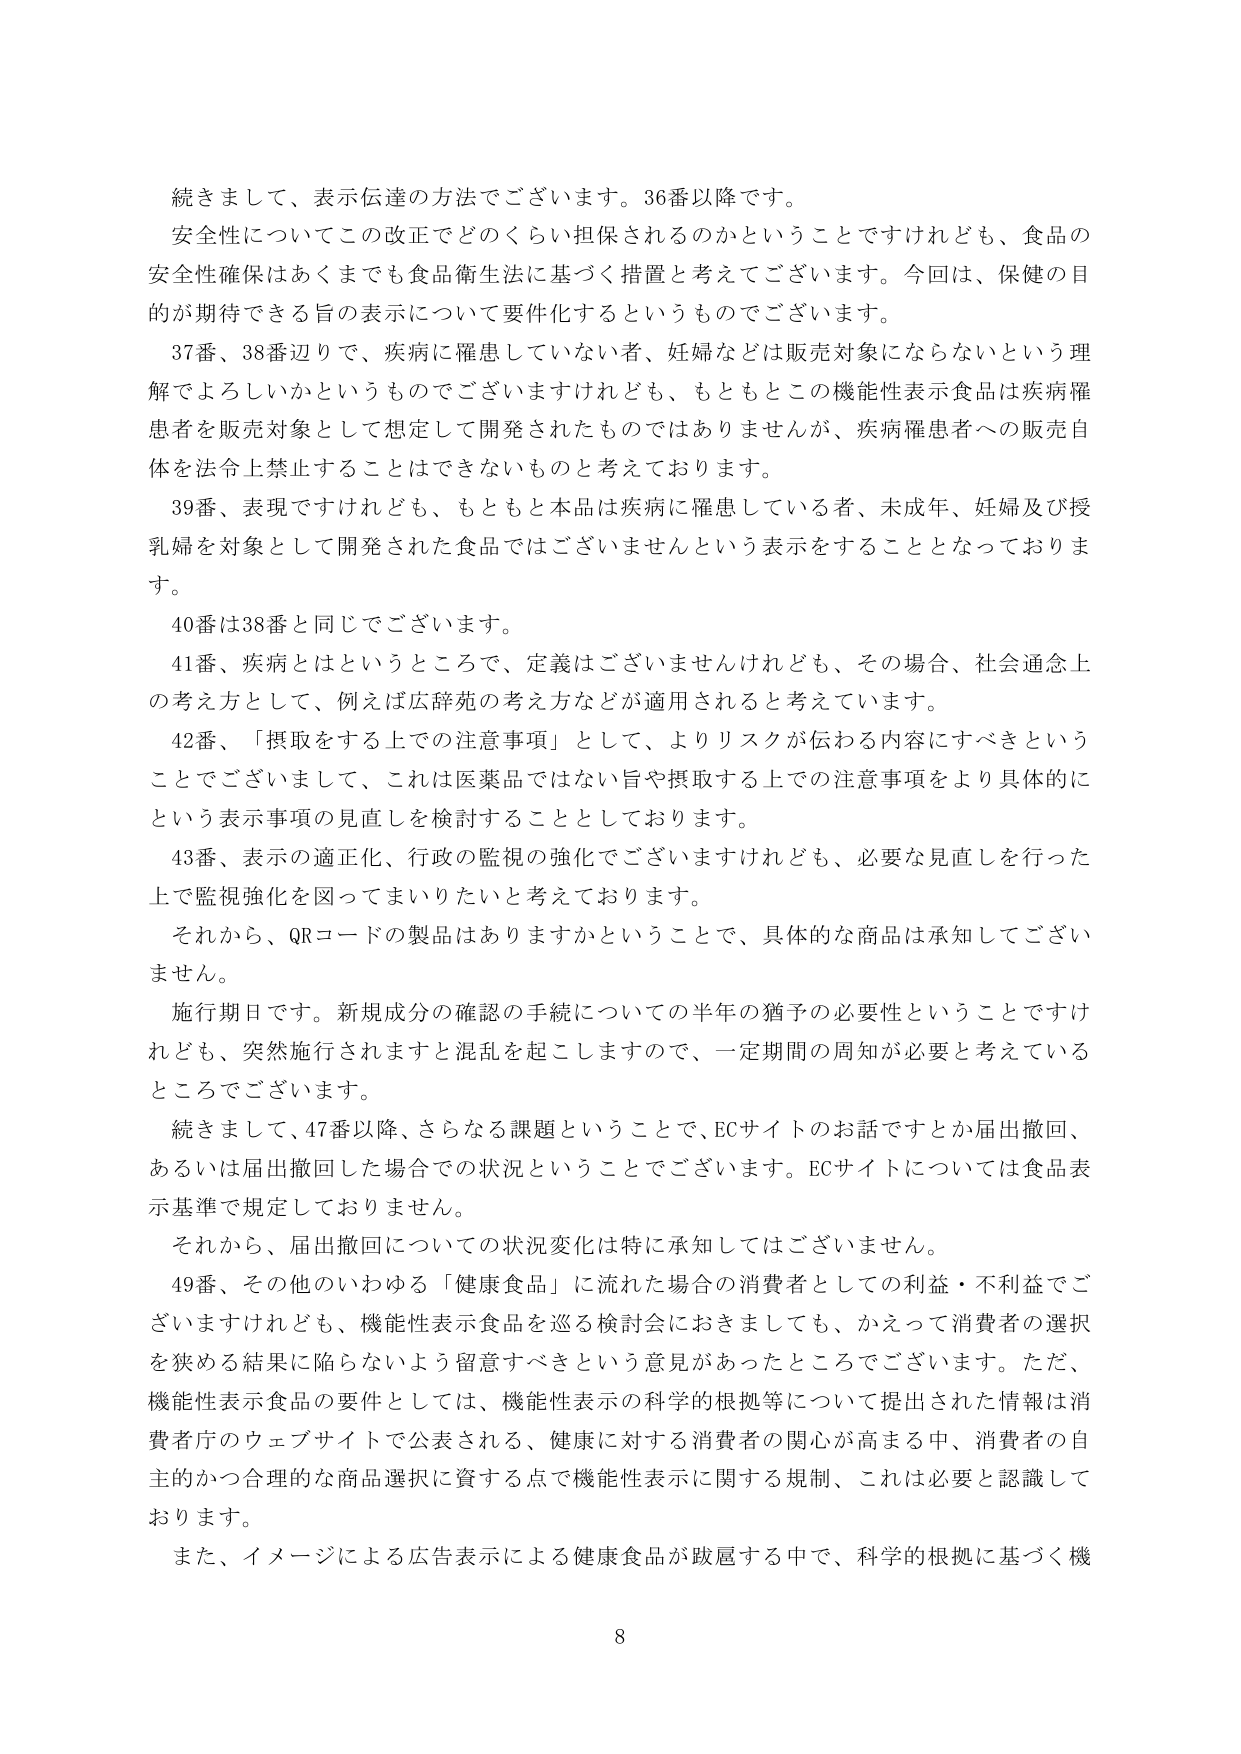
続きまして、表示伝達の方法でございます。36番以降です。
安全性についてこの改正でどのくらい担保されるのかということですけれども、食品の
安全性確保はあくまでも食品衛生法に基づく措置と考えてございます。今回は、保健の目
的が期待できる旨の表示について要件化するというものですございます。
37番、38番辺りで、疾病に罹患していない者、妊婦などは販売対象にならないという理
解でよろしいかというものですございますけれども、もともとこの機能性表示食品は疾病罹
患者を販売対象として想定して開発されたものではありませんが、疾病罹患者への販売自
体を法令上禁止することはできないものと考えております。
39番、表現ですけれども、もともと本品は疾病に罹患している者、未成年、妊婦及び授
乳婦を対象として開発された食品ではございませんという表示をすることとなっておりま
す。
40番は38番と同じでございます。
41番、疾病とはというところで、定義はございませんけれども、その場合、社会通念上
の考え方として、例えば広辞苑の考え方などが適用されると考えています。
42番、「摂取をする上での注意事項」として、よりリスクが伝わる内容にすべきという
ことでございまして、これは医薬品ではない旨や摂取する上での注意事項をより具体的に
という表示事項の見直しを検討することとしております。
43番、表示の適正化、行政の監視の強化でございますけれども、必要な見直しを行った
上で監視強化を図ってまいりたいと考えております。
それから、QRコードの製品はありますかということで、具体的な商品は承知してござい
ません。
施行期日です。新規成分の確認の手続についての半年の猶予の必要性ということですけ
れども、突然施行されますと混乱を起こしますので、一定期間の周知が必要と考えている
ところでございます。
続きまして、47番以降、さらなる課題ということで、ECサイトのお話ですとか届出撤回、
あるいは届出撤回した場合での状況ということでございます。ECサイトについては食品表
示基準で規定しておりません。
それから、届出撤回についての状況変化は特に承知してはございません。
49番、その他のいわゆる「健康食品」に流れた場合の消費者としての利益・不利益でご
ざいますけれども、機能性表示食品を巡る検討会におきましても、かえって消費者の選択
を狭める結果に陥らないよう留意すべきという意見があったところでございます。ただ、
機能性表示食品の要件としては、機能性表示の科学的根拠等について提出された情報は消
費者庁のウェブサイトで公表される、健康に対する消費者の関心が高まる中、消費者の自
主的かつ合理的な商品選択に資する点で機能性表示に関する規制、これは必要と認識して
おります。
また、イメージによる広告表示による健康食品が跋扈する中で、科学的根拠に基づく機
8